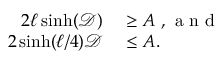
\begin{array} { r l } { 2 \ell \sinh ( \mathscr { D } ) } & { { } \geq A \mathrm { ~ , ~ a ~ n ~ d ~ } } \\ { 2 \sinh ( \ell / 4 ) \mathscr { D } } & { { } \leq A . } \end{array}